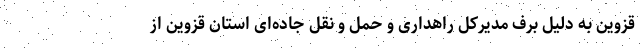
قزوين به دلیل برف مدیرکل راهداری و حمل و نقل جاده‌ای استان قزوین از